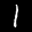
Label: 1